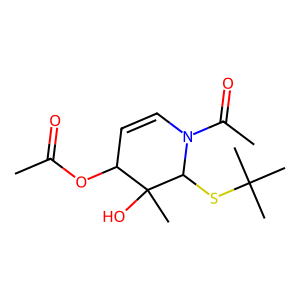
SMILES: CC(=O)OC1C=CN(C(C)=O)C(SC(C)(C)C)C1(C)O
Inhibits HIV replication: No